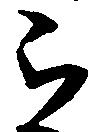
被